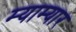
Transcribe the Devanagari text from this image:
म्याम्यार